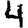
Digit: 4